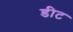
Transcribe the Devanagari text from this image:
डीट